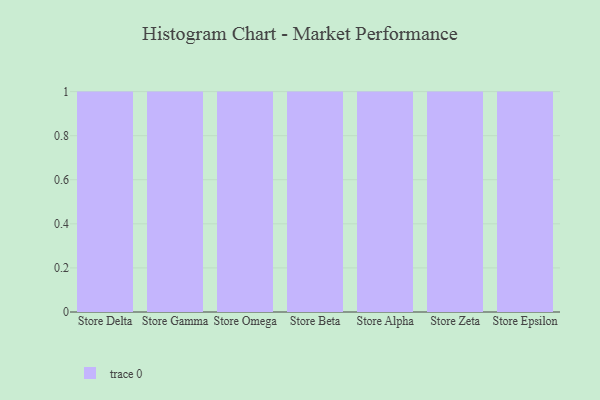
{"axis": {"x": "Store", "y": "Shipments"}, "legend": [""], "data": [{"x": "Store Delta", "y": 81, "type": ""}, {"x": "Store Gamma", "y": 4, "type": ""}, {"x": "Store Omega", "y": 50, "type": ""}, {"x": "Store Beta", "y": 64, "type": ""}, {"x": "Store Alpha", "y": 69, "type": ""}, {"x": "Store Zeta", "y": 22, "type": ""}, {"x": "Store Epsilon", "y": 27, "type": ""}]}